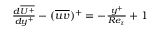
\begin{array} { r } { \frac { d \overline { { U ^ { + } } } } { d y ^ { + } } - ( \overline { { u v } } ) ^ { + } = - { \frac { y ^ { + } } { R e _ { \tau } } } + 1 } \end{array}